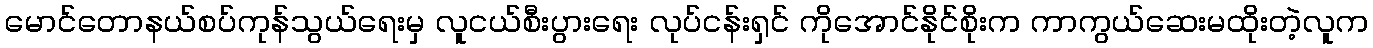
မောင်တောနယ်စပ်ကုန်သွယ်ရေးမှ လူငယ်စီးပွားရေး လုပ်ငန်းရှင် ကိုအောင်နိုင်စိုးက ကာကွယ်ဆေးမထိုးတဲ့လူက